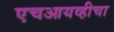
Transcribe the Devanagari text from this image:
एचआयव्हीचा